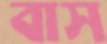
বাস